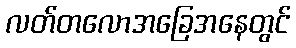
လတ်တလောအခြေအနေတွင်